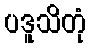
ပဒူသိတုံ